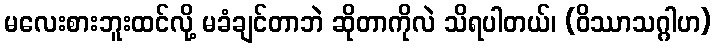
မလေးစားဘူးထင်လို့ မခံချင်တာဘဲ ဆိုတာကိုလဲ သိရပါတယ်၊ (ဝိဿာသဂ္ဂါဟ)